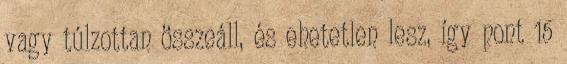
vagy túlzottan összeáll, és ehetetlen lesz, így pont 15